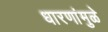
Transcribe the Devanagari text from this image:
धारणांमुळे